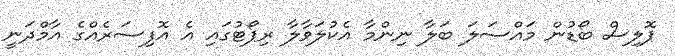
ޕޮލިސް ބޯޑުން މައްސަލަ ބަލާ ނިންމާ އެކުލަވާލާ ރިޕޯޓުގައި އެ އޮފިސަރެއްގެ އާމްދަނީ